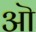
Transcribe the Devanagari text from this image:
अॊ